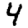
Digit: 4